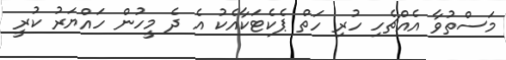
މަސްތުވާ އެއްޗެހި ހުރި ހަތް ޕެކެޓަކާއެކު އެ ދެ މީހުން ހައްޔަރު ކުރީ